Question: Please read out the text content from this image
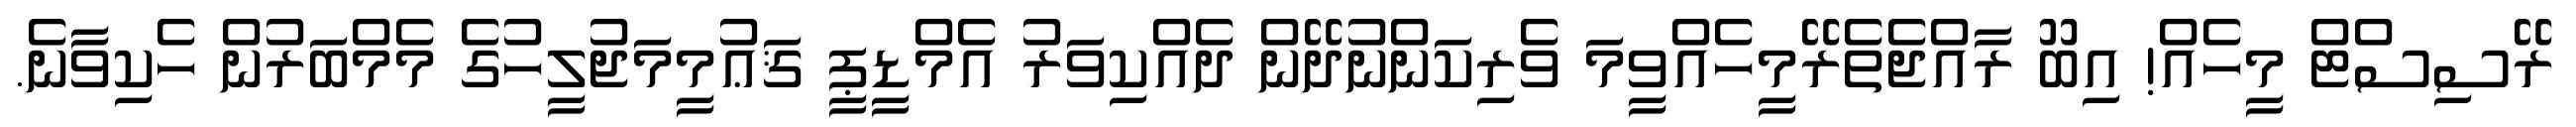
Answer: ރޭސިސްޓް މީހެއް! އިބޫ ރާއްޖެތެރޭމީހެއްވީމަ ވެރިކަންނުދޭން ދެއްކިވަރު އެމްޑީޕީ ޤަޢުމީމަޖުލީހުގެ މެމްބަރުން ހެކިވާނެ.